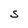
Character: S